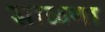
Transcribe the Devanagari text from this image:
साळणा